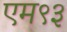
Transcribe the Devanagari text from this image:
एम९३